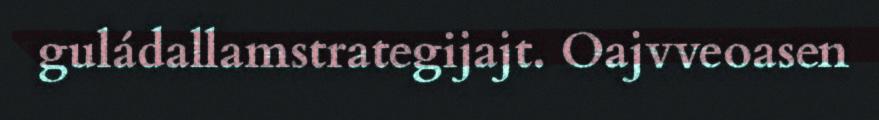
guládallamstrategijajt. Oajvveoasen